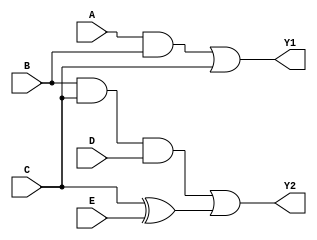
module comb_logic_block (
    input wire A,
    input wire B,
    input wire C,
    input wire D,
    input wire E,
    output wire Y1,
    output wire Y2
);

// Group 1: {A, B, C}
// Logic function for Group 1: Y1 = A AND B OR C
wire group1_output;
assign group1_output = (A & B) | C;

// Group 2: {B, C, D}
// Logic function for Group 2: Y2 = B AND C AND D
wire group2_output;
assign group2_output = B & C & D;

// Group 3: {C, D, E}
// Logic function for Group 3: Y2 = Y2 OR C XOR E
assign Y2 = group2_output | (C ^ E); // Combine with previous output

// Output generation
assign Y1 = group1_output;

endmodule